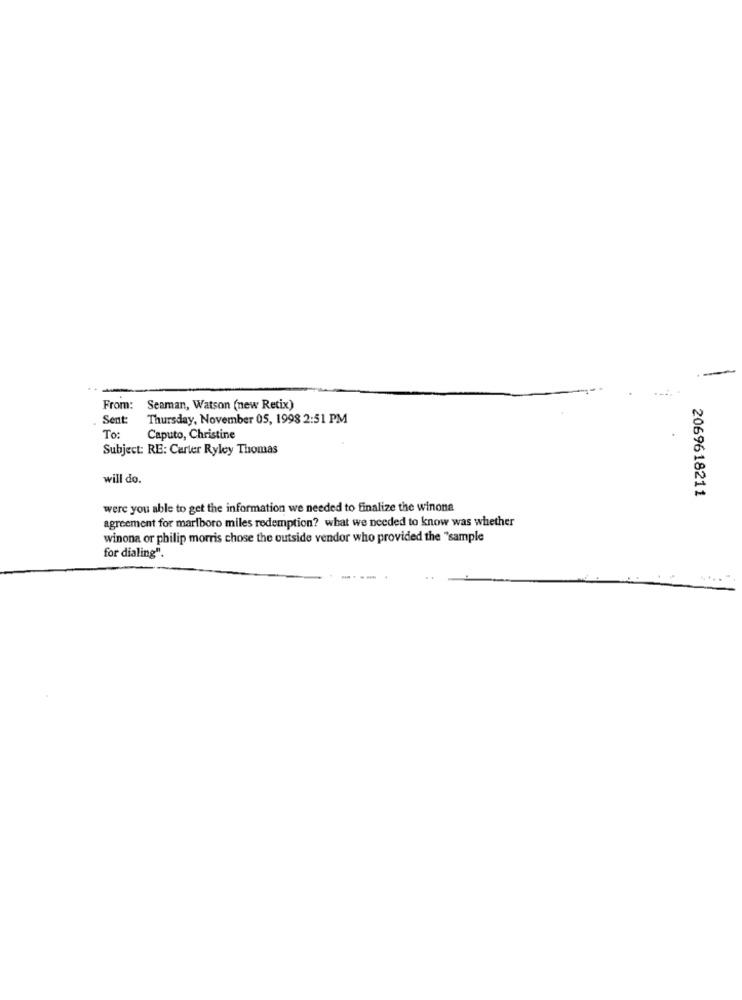
From:
Seaman, Watson (new Retix)
Sent:
Thursday, November 05, 1998 2:51 PM
To:
Caputo, Christine
Subject: RE: Carter Ryley Thomas
will do.
2069618211
were you able to get the information we needed to finalize the winona
agreement for marlboro miles redemption? what we needed to know was whether
winona or philip morris chose the outside vendor who provided the "sample
for dialing".
--